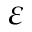
\varepsilon